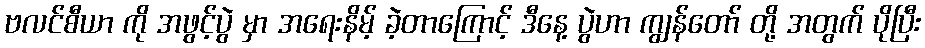
ဗလင်စီယာ ကို အဖွင့်ပွဲ မှာ အရေးနိမ့် ခဲ့တာကြောင့် ဒီနေ့ ပွဲဟာ ကျွန်တော် တို့ အတွက် ပိုပြီး